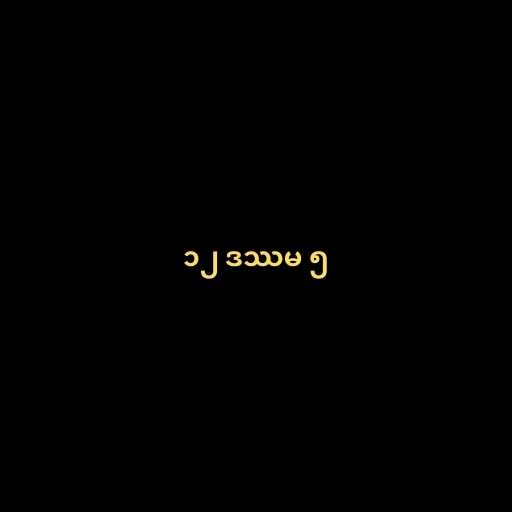
၁၂ ဒဿမ ၅